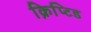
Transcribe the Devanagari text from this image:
क्रिप्टिड